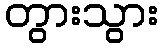
တွားသွား